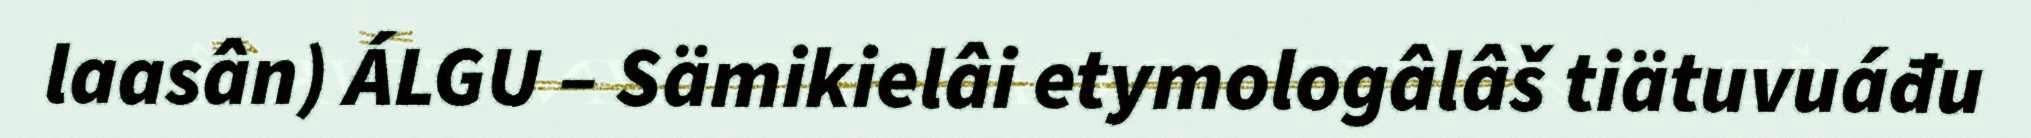
laasân) ÁLGU – Sämikielâi etymologâlâš tiätuvuáđu